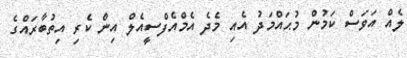
ލެއް އަވަސް ކަމުން މުޙައްމަދު އެއި މެދެ އެމްއެފްސީއެލް އިން ކެރި އިތުބާރައްގެ